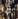
ما